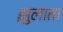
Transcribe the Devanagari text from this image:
झुलाता